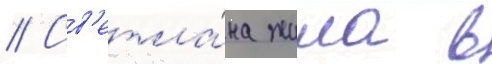
// Св'етла́на жила в